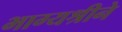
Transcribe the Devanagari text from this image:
भाग्यश्रीने